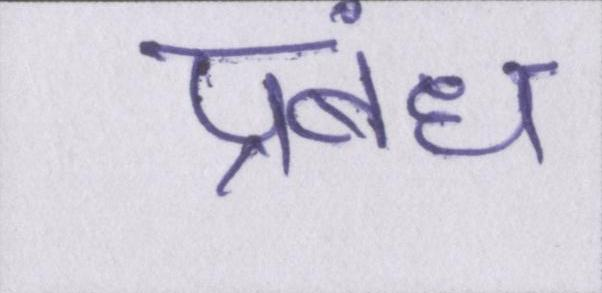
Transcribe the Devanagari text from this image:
प्रबंध